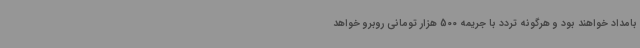
بامداد خواهند بود و هرگونه تردد با جریمه 500 هزار تومانی روبرو خواهد